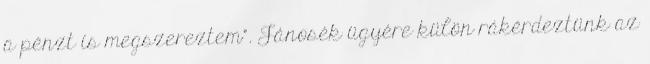
a pénzt is megszereztem”. Jánosék ügyére külön rákérdeztünk az